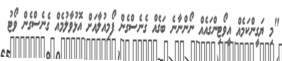
"މި ޔަގީންކަމެއް އީވޯޓިންގައެއް ނޯންނާނެ ބަގެއް ގެނެސްގެން ފޯމިއުލާއަށް އޮޅުވާލުމެއް ގެެނެސްގެން ވޯޓު